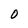
Character: O